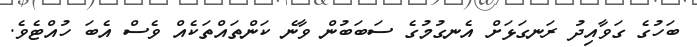
ބަހުގެ ގަވާއިދު ރަނގަޅަށް އެނގުމުގެ ސަބަބުން ވާނެ ކަންތައްތަކެއް ވެސް އެބަ ހުއްޓެވެ.